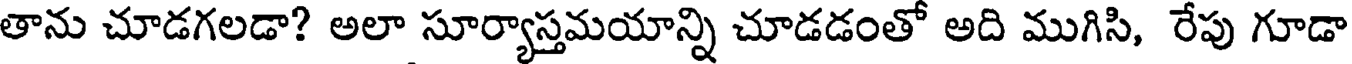
తాను చూడగలడా? అలా సూర్యాస్తమయాన్ని చూడడంతో అది ముగిసి, రేపు గూడా